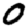
Digit: 0